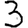
Digit: 3